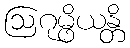
ဩဂုမ္ဖိယန္တိ